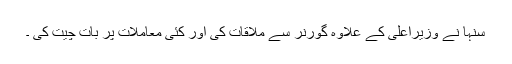
سنہا نے وزیراعلیٰ کے علاوہ گورنر سے ملاقات کی اور کئی معاملات پر بات چیت کی ۔